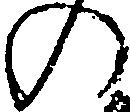
の